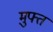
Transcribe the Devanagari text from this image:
म़ुफ्त